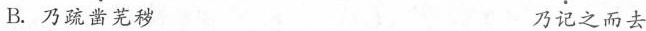
B.乃疏凿芜秽 乃记之而去